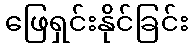
ဖြေရှင်းနိုင်ခြင်း